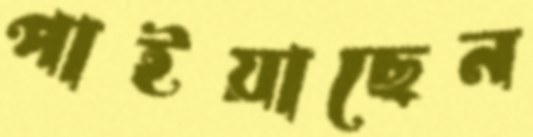
পাইয়াছেন